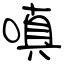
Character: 嗔